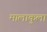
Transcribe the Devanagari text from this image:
मालाकुला